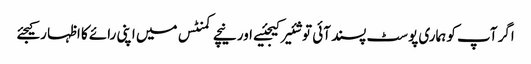
اگر آپ کو ہماری پوسٹ پسند آئی تو شئیر کیجئیے اور نیچے کمنٹس میں اپنی رائے کا اظہا رکیجئے